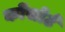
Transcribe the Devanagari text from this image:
कोंसोर्ट